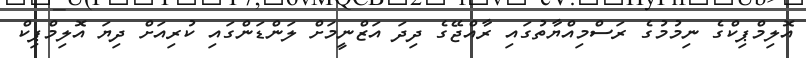
އޮލިމްޕިކްގެ ނިމުމުގެ ރަސްމިއްޔާތުގައި ރާއްޖޭގެ ދިދަ އަޒްނީމަށް ލަންޑަންގައި ކުރިއަށް ދިޔަ އޮލިމްޕިކް